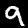
Digit: 9